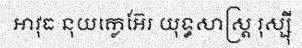
អាវុធ នុយក្លេអ៊ែរ យុទ្ធសាស្ត្រ រុស្ស៊ី